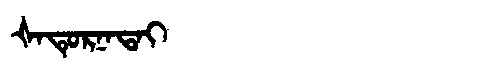
Manchu: ᡧᠠᡨᡠᡵᠨᠠᡨᠠᡳ
Romanization: ŠATURNATAI